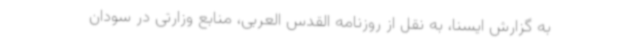
به گزارش ایسنا، به نقل از روزنامه القدس العربی، منابع وزارتی در سودان